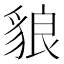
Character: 𧳓